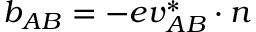
b _ { A B } = - e { \boldsymbol { v } } _ { A B } ^ { * } \cdot { \boldsymbol { n } }